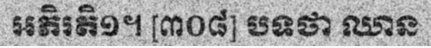
អភិរតិ១។ [៣០៨] បទថា ឈាន